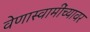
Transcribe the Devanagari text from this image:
वेणास्वामींच्यावर